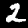
Digit: 2